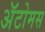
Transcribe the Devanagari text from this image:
अॅटोमस